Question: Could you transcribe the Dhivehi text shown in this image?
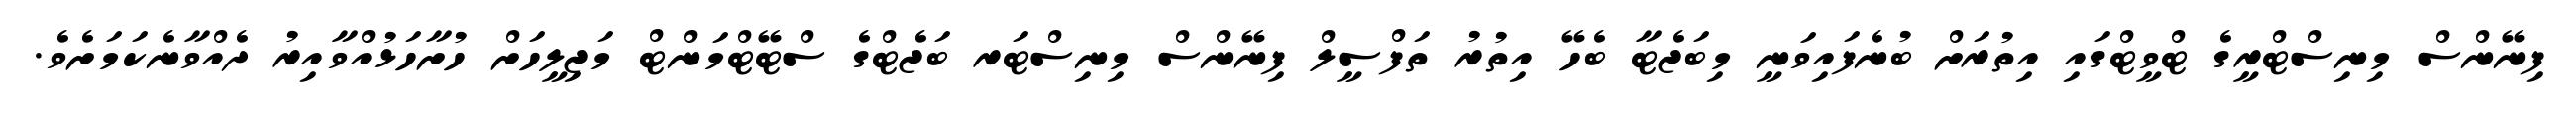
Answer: ފިނޭންސް މިނިސްޓްރީގެ ޓްވީޓްގައި އިތުރަށް ބުނެފައިވަނީ މިބަޖެޓާ ބެހޭ އިތުރު ތަފްސީލް ފިނޭންސް މިނިސްޓަރ ބަޖެޓްގެ ސްޓޭޓްމަންޓް މަޖިލީހަށް ހުށާހަޅުއްވާއިރު ދެއްވާނެކަމަށެވެ.